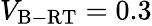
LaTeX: V_{\mathrm{B-RT}}=0.3